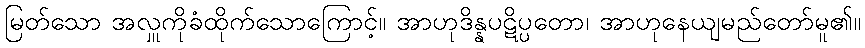
မြတ်သော အလှူကိုခံထိုက်သောကြောင့်။ အာဟုဒိန္နပဋိပ္ပတော၊ အာဟုနေယျမည်တော်မူ၏။